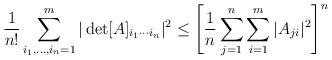
LaTeX: \begin{align*} \frac{1}{n!} \sum_{i_1,\ldots,i_n=1}^m |\det [A]_{i_1 \cdots i_n}|^2 \leq \left[ \frac{1}{n} \sum_{j=1}^n \sum_{i=1}^m |A_{ji}|^2 \right]^n \end{align*}